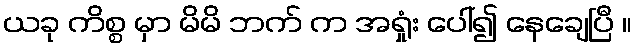
ယခု ကိစ္စ မှာ မိမိ ဘက် က အရှုံး ပေါ်၍ နေချေပြီ ။